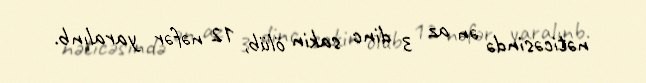
nəticəsində ən az 3 dinc sakin ölüb, 12 nəfər yaralınb.